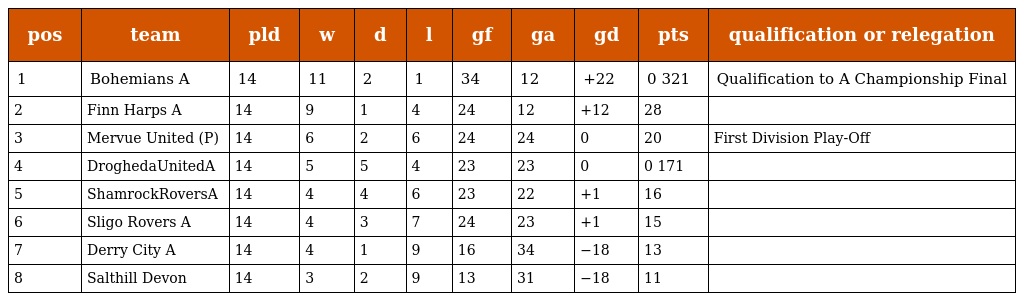
| pos | team | pld | w | d | l | gf | ga | gd | pts | qualification or relegation |
 | --- | --- | --- | --- | --- | --- | --- | --- | --- | --- | --- |
 | 1 | Bohemians A | 14 | 11 | 2 | 1 | 34 | 12 | +22 | 0 321 | Qualification to A Championship Final |
 | 2 | Finn Harps A | 14 | 9 | 1 | 4 | 24 | 12 | +12 | 28 |  |
 | 3 | Mervue United (P) | 14 | 6 | 2 | 6 | 24 | 24 | 0 | 20 | First Division Play-Off |
 | 4 | DroghedaUnitedA | 14 | 5 | 5 | 4 | 23 | 23 | 0 | 0 171 |  |
 | 5 | ShamrockRoversA | 14 | 4 | 4 | 6 | 23 | 22 | +1 | 16 |  |
 | 6 | Sligo Rovers A | 14 | 4 | 3 | 7 | 24 | 23 | +1 | 15 |  |
 | 7 | Derry City A | 14 | 4 | 1 | 9 | 16 | 34 | −18 | 13 |  |
 | 8 | Salthill Devon | 14 | 3 | 2 | 9 | 13 | 31 | −18 | 11 |  |